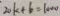
2 0 k + b = 1 0 0 0